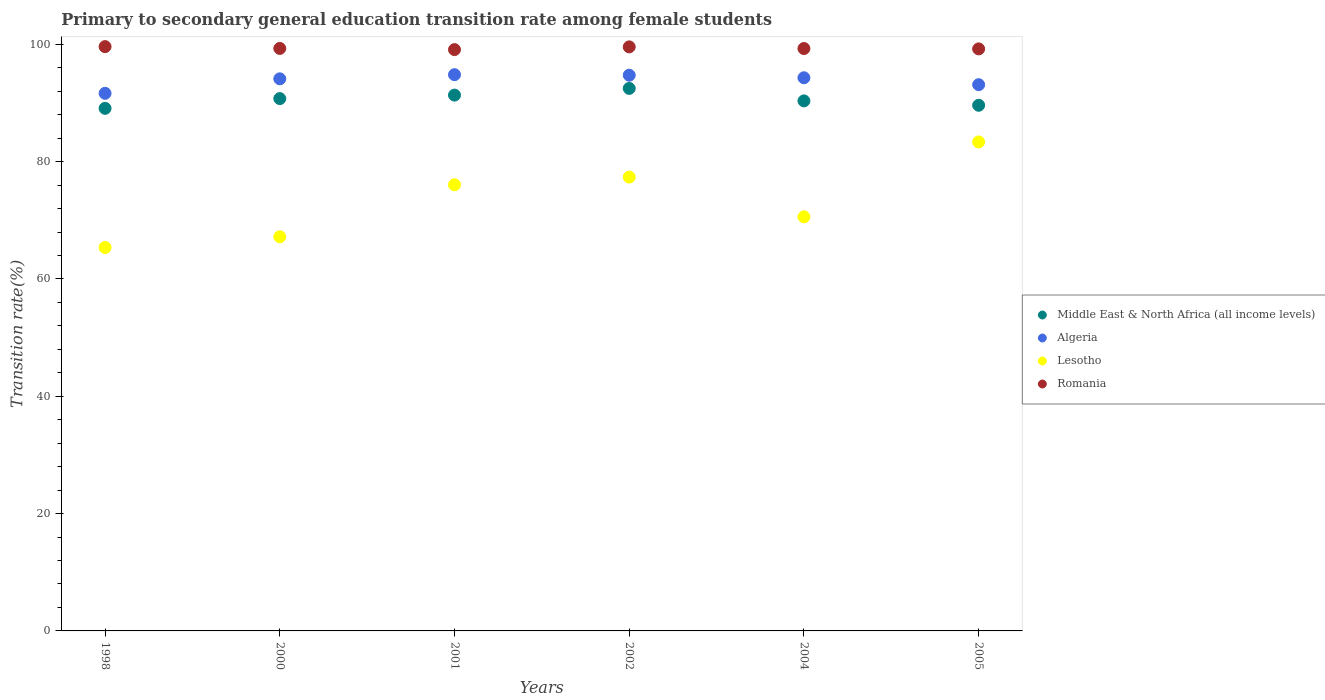
| Years | Middle East & North Africa (all income levels) | Algeria | Lesotho | Romania |
 | --- | --- | --- | --- | --- |
 | 1998 | 89.1 | 91.6 | 65.4 | 99.6 |
 | 2000 | 90.8 | 94.1 | 67.2 | 99.3 |
 | 2001 | 91.3 | 94.8 | 76.1 | 99.1 |
 | 2002 | 92.5 | 94.7 | 77.4 | 99.6 |
 | 2004 | 90.4 | 94.3 | 70.6 | 99.3 |
 | 2005 | 89.6 | 93.1 | 83.4 | 99.2 |